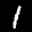
Label: 1